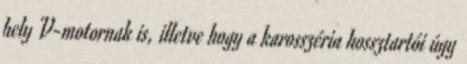
hely V-motornak is, illetve hogy a karosszéria hossztartói úgy